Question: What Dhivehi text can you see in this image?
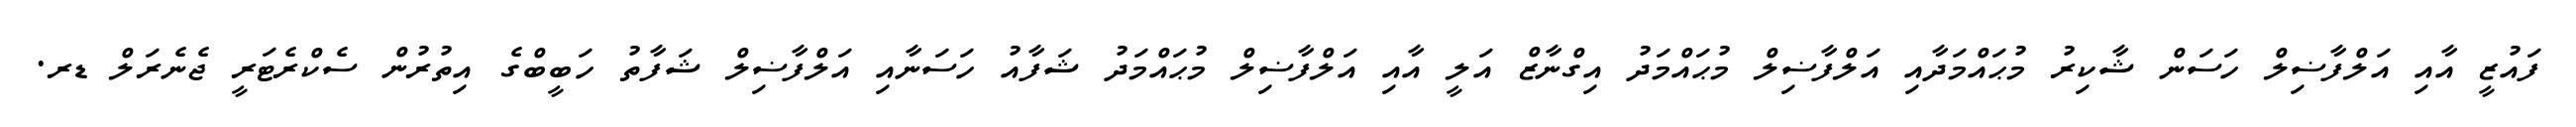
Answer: ފައުޒީ އާއި އަލްފާޟިލް ހަސަން ޝާކިރު މުޙައްމަދާއި އަލްފާޟިލް މުޙައްމަދު އިގްނާޒް އަލީ އާއި އަލްފާޟިލް މުޙައްމަދު ޝަފާއު ހަސަނާއި އަލްފާޟިލް ޝަފާތު ހަބީބްގެ އިތުރުން ސެކްރެޓަރީ ޖެނެރަލް ޑރ.